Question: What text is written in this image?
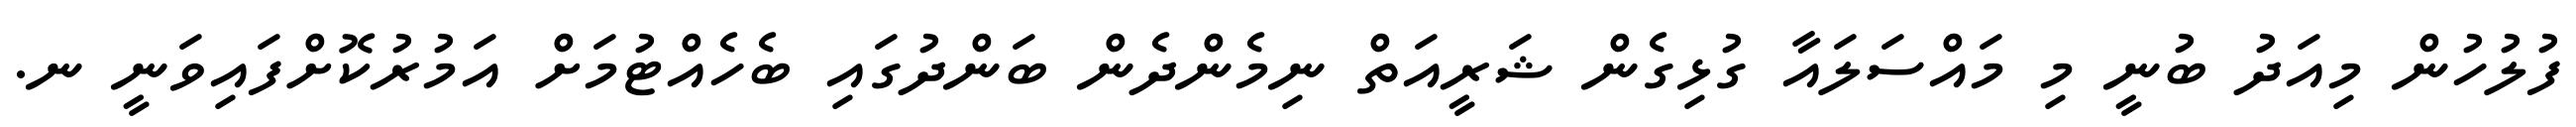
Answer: ފުލުހުން މިއަދު ބުނީ މި މައްސަލައާ ގުޅިގެން ޝަރީއަތް ނިމެންދެން ބަންދުގައި ބެހެއްޓުމަށް އަމުރުކޮށްފައިވަނީ ނ.